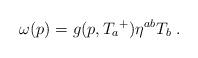
LaTeX: \begin{align*} \omega(p) = g(p,{T_a}^+)\eta^{ab}T_b \;.\end{align*}